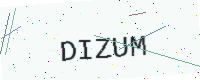
Text: DIZUM